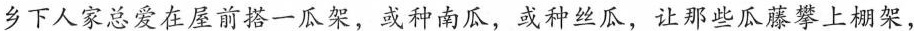
乡下人家总爱在屋前搭一瓜架，或种南瓜，或种丝瓜，让那些瓜藤攀上棚架，